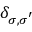
\delta _ { { \sigma } , { \sigma } ^ { ' } }